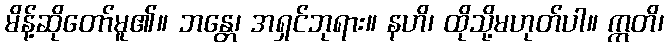
မိန့်ဆိုတော်မူ၏။ ဘန္တေ၊ အရှင်ဘုရား။ နဟိ၊ ထိုသို့မဟုတ်ပါ။ ဣတိ၊